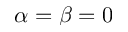
\alpha = \beta = 0